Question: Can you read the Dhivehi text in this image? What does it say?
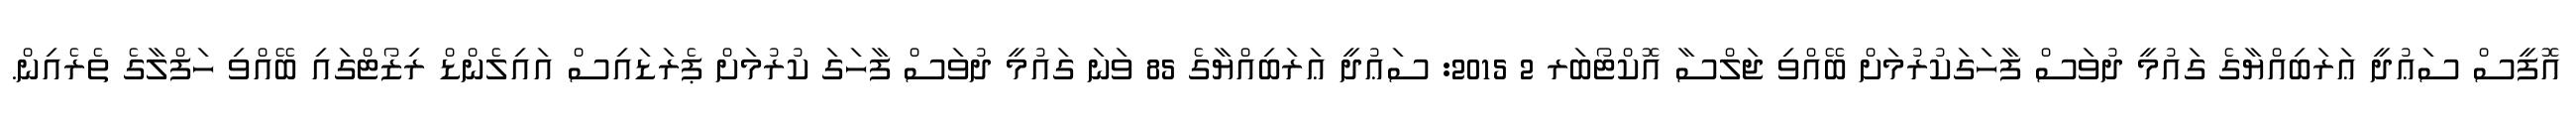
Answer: އޮފީސް ސަޢުދީ ޢަރަބިއްޔާގެ ގައުމީ ދުވަސް ފާހަގަކުރުމަށް ބޭއްވި ޖަލްސާ އޮކްޓޯބަރ 2 2015: ސަޢުދީ ޢަރަބިއްޔާގެ 85 ވަނަ ގައުމީ ދުވަސް ފާހަގަ ކުރުމަށް ޕެރަޑައިސް އައިލެންޑް ރިޒޯޓްގައި ބޭއްވި ހަފްލާގެ ތެރެއިން.